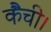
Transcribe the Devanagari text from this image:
कैंची।